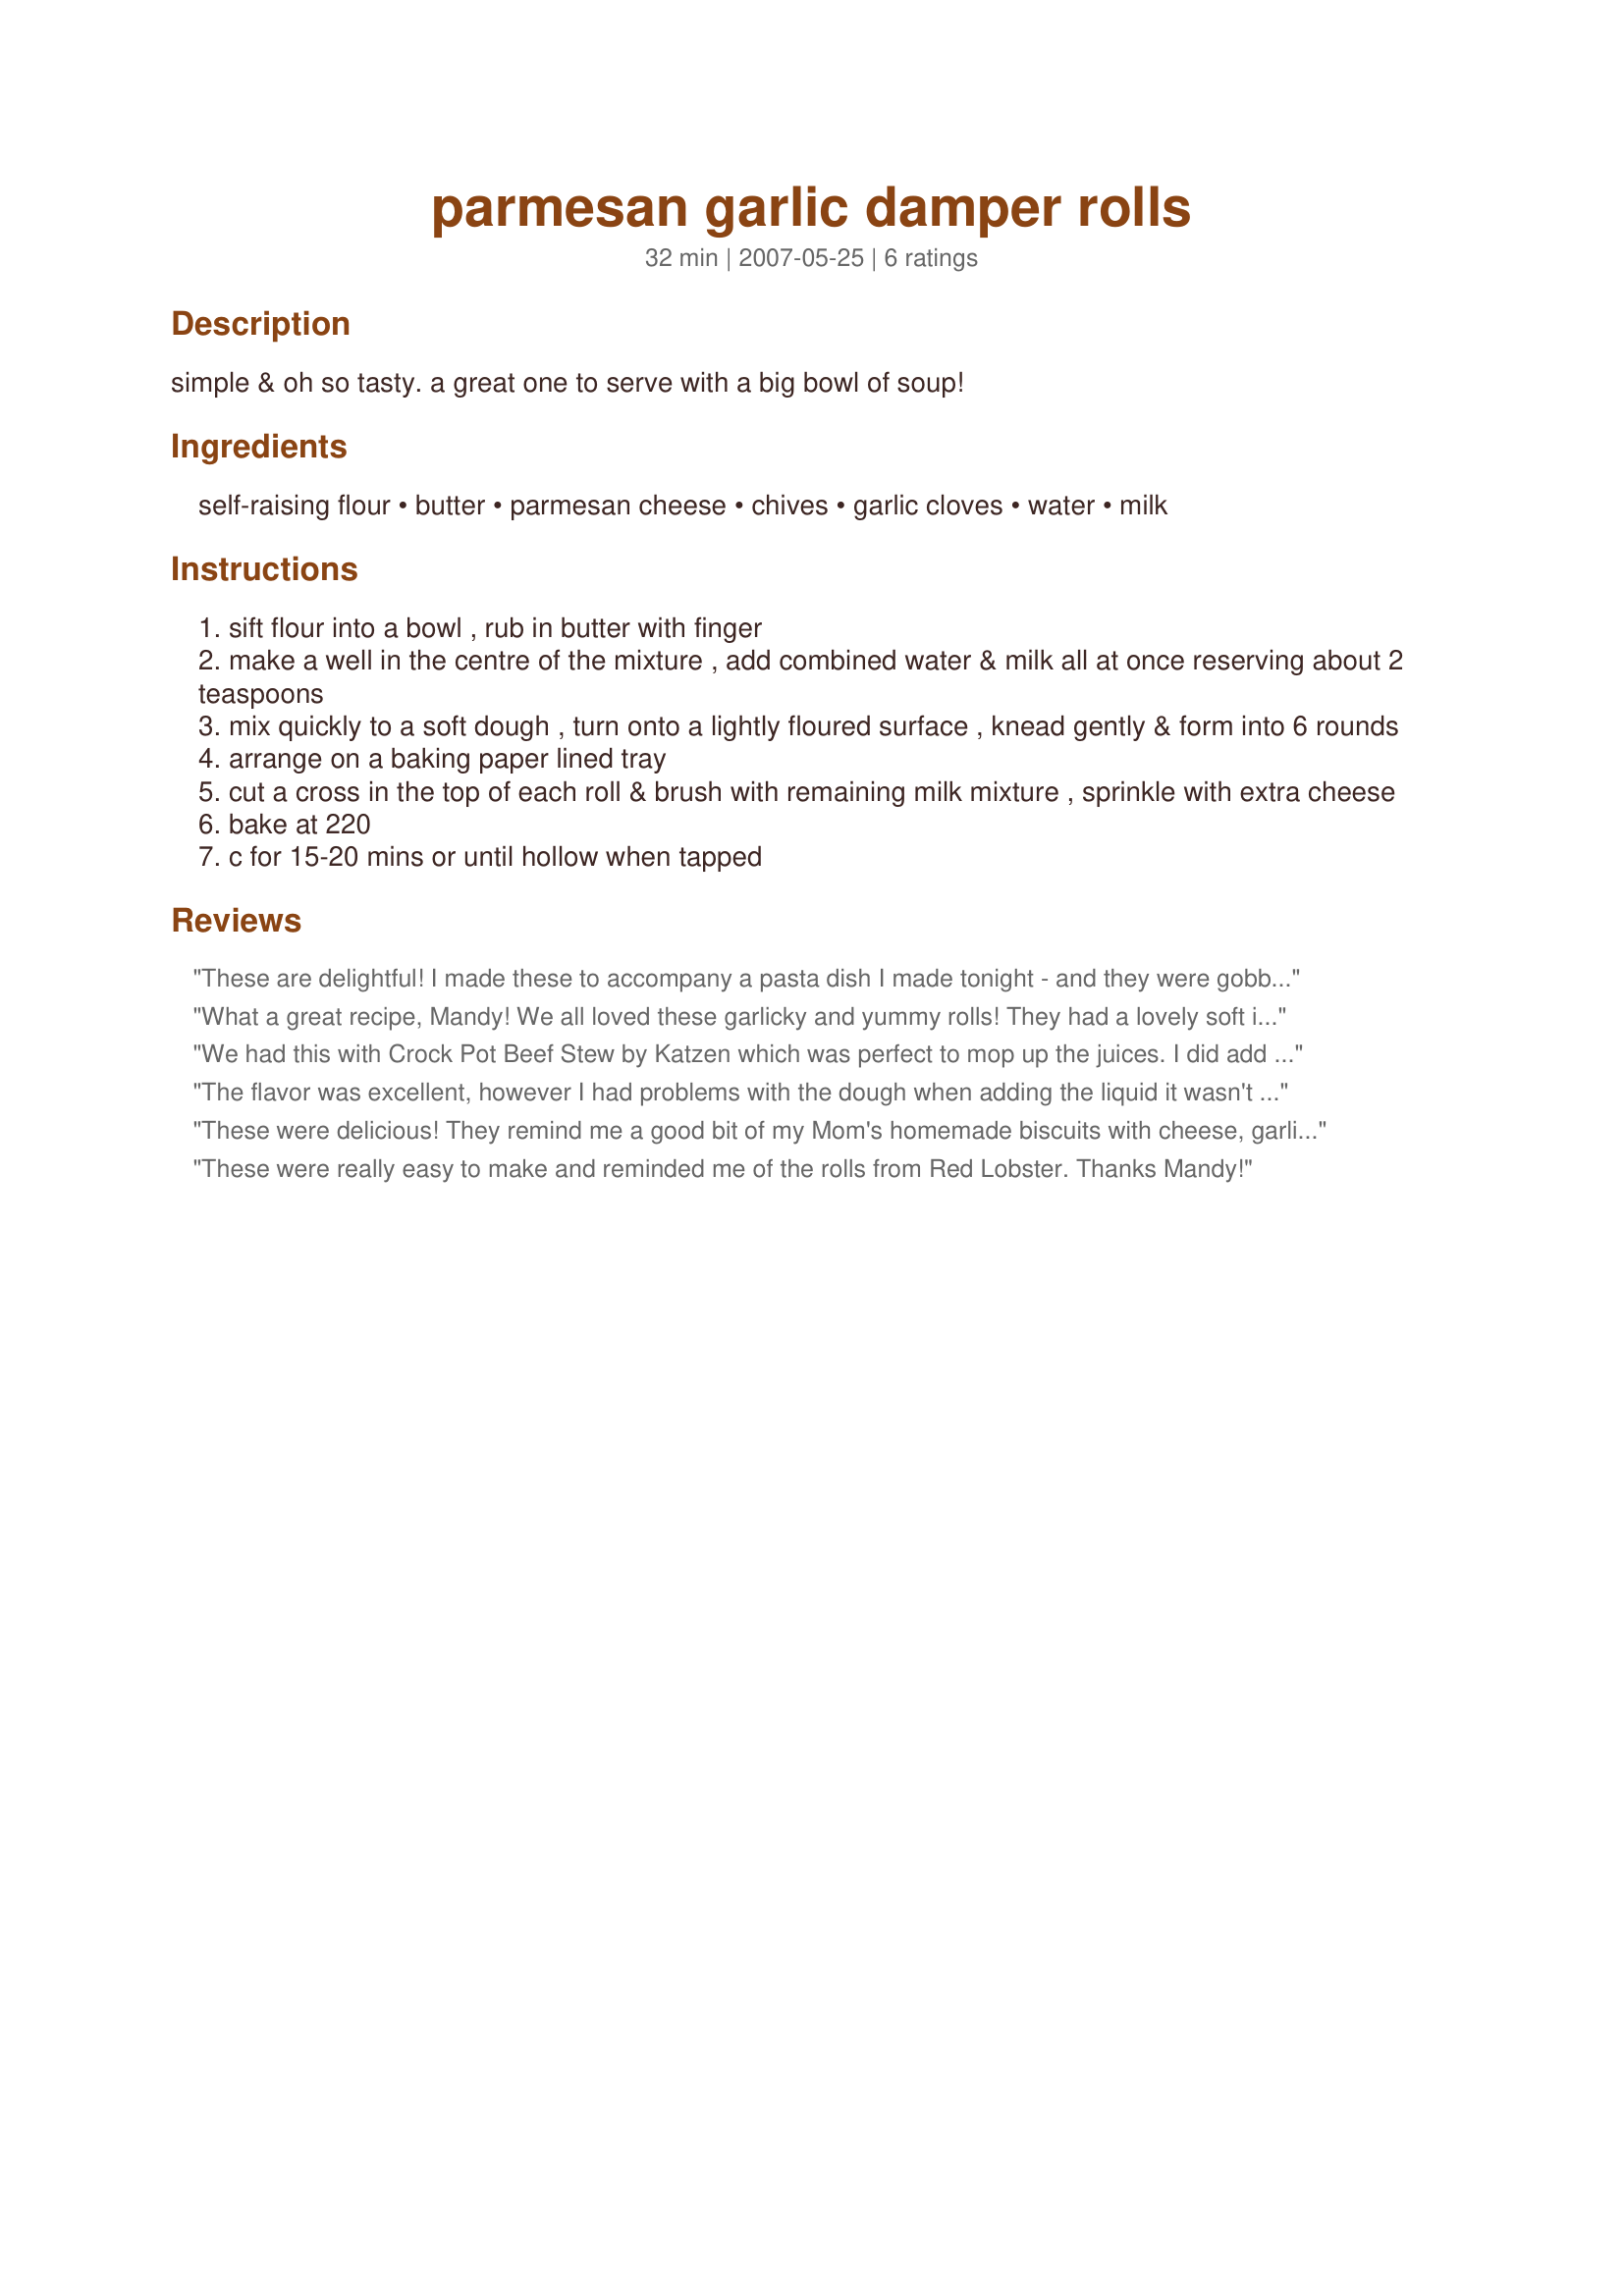
parmesan garlic damper rolls
Preparation time: 32 minutes

simple & oh so tasty. a great one to serve with a big bowl of soup!

Ingredients:
self-raising flour, butter, parmesan cheese, chives, garlic cloves, water, milk

Steps:
sift flour into a bowl , rub in butter with finger
make a well in the centre of the mixture , add combined water & milk all at once reserving about 2 teaspoons
mix quickly to a soft dough , turn onto a lightly floured surface , knead gently & form into 6 rounds
arrange on a baking paper lined tray
cut a cross in the top of each roll & brush with remaining milk mixture , sprinkle with extra cheese
bake at 220
c for 15-20 mins or until hollow when tapped

Reviews:
These are delightful! I made these to accompany a pasta dish I made tonight - and they were gobbled up by my family before I got a picture!! Thanks for a great roll recipe even I can make!!!
What a great recipe, Mandy! We all loved these garlicky and yummy rolls! They had a lovely soft interior and were so crunchy on the top. YUM!<br/>For an extra garlic touch, I used some garlic butter in place of the ordinary one and it turned out fab!<br/>I made half the recipe, which gave me 3 big rolls. They needed 5 more minutes in the oven than stated, but other than that were perfect.<br/>THANK YOU SO MUCH for sharing this superb recipe with us, Mandy!<br/>Made and reviewed for Zaar Stars November 2010.
We had this with Crock Pot Beef Stew by Katzen which was perfect to mop up the juices. I did add 3 cloves of garlic but the flavour still did no come through (we love our garlic). Would suggest just 3/4 cup of milk/water total, had to add about 1/4 cup of flour to get to a soft dough. Thoroughly enjoyed and DH has asked to be served again (with extra garlic) with stew/casserole. Thank you Mandy from Oz.
The flavor was excellent, however I had problems with the dough when adding the liquid it wasn't enough and I had to add more.I like the addition of the fresh chives that was a really nice addition. Other than my own issues with the water, which has no bearing on the recipe itself they were excellent! We enjoyed them with a bowl of clam chowder. Thanks for a great one!
These were delicious! They remind me a good bit of my Mom's homemade biscuits with cheese, garlic and chives added. They were BIG, so next time I might make more than 6. I also might add a touch more garlic and cheese, or try using a stronger flavored cheese and adding a little garlic powder with the fresh garlic. This is a winner! Made for ZWT3.
These were really easy to make and reminded me of the rolls from Red Lobster. Thanks Mandy!
